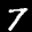
Label: 7